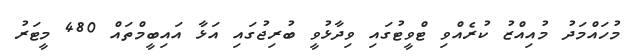
މުހައްމަދު މުއިއްޒު ކުރެއްވި ޓްވީޓުގައި ވިދާޅުވީ ބުރިޖުގައި އަޅާ އައިބީމްތައް 480 މީޓަރު